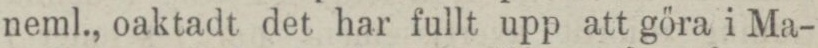
neml., oaktadt det har fullt upp att göra i Ma-